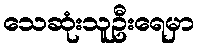
သေဆုံးသူဦးရေမှာ